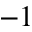
^ { - 1 }